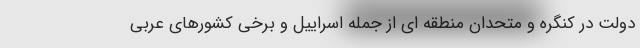
دولت در کنگره و متحدان منطقه ای از جمله اسراییل و برخی کشورهای عربی